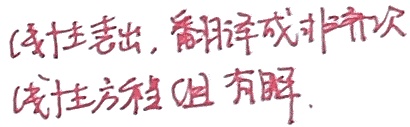
（线性表出，翻译成非齐次
（线性方程组 有解.